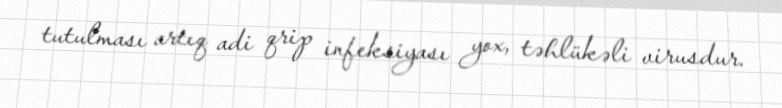
tutulması artıq adi qrip infeksiyası yox, təhlükəli virusdur.